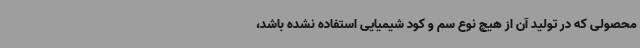
محصولی که در تولید آن از هیچ نوع سم و کود شیمیایی استفاده نشده باشد،